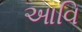
આવિ